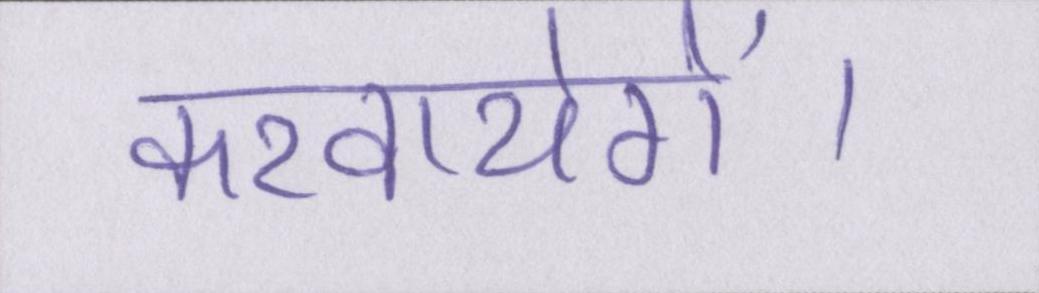
करवायेगें।